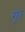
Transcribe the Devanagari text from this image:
गूत